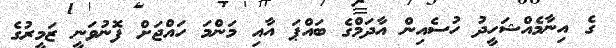
ގެ އިނާމެއްޝަހީދު ހުސެއިން އާދަމްގެ ބައްޕަ އާއި މަންމަ ހައްޖަށް ފޮނުވަނީ ޒަމީރުގެ